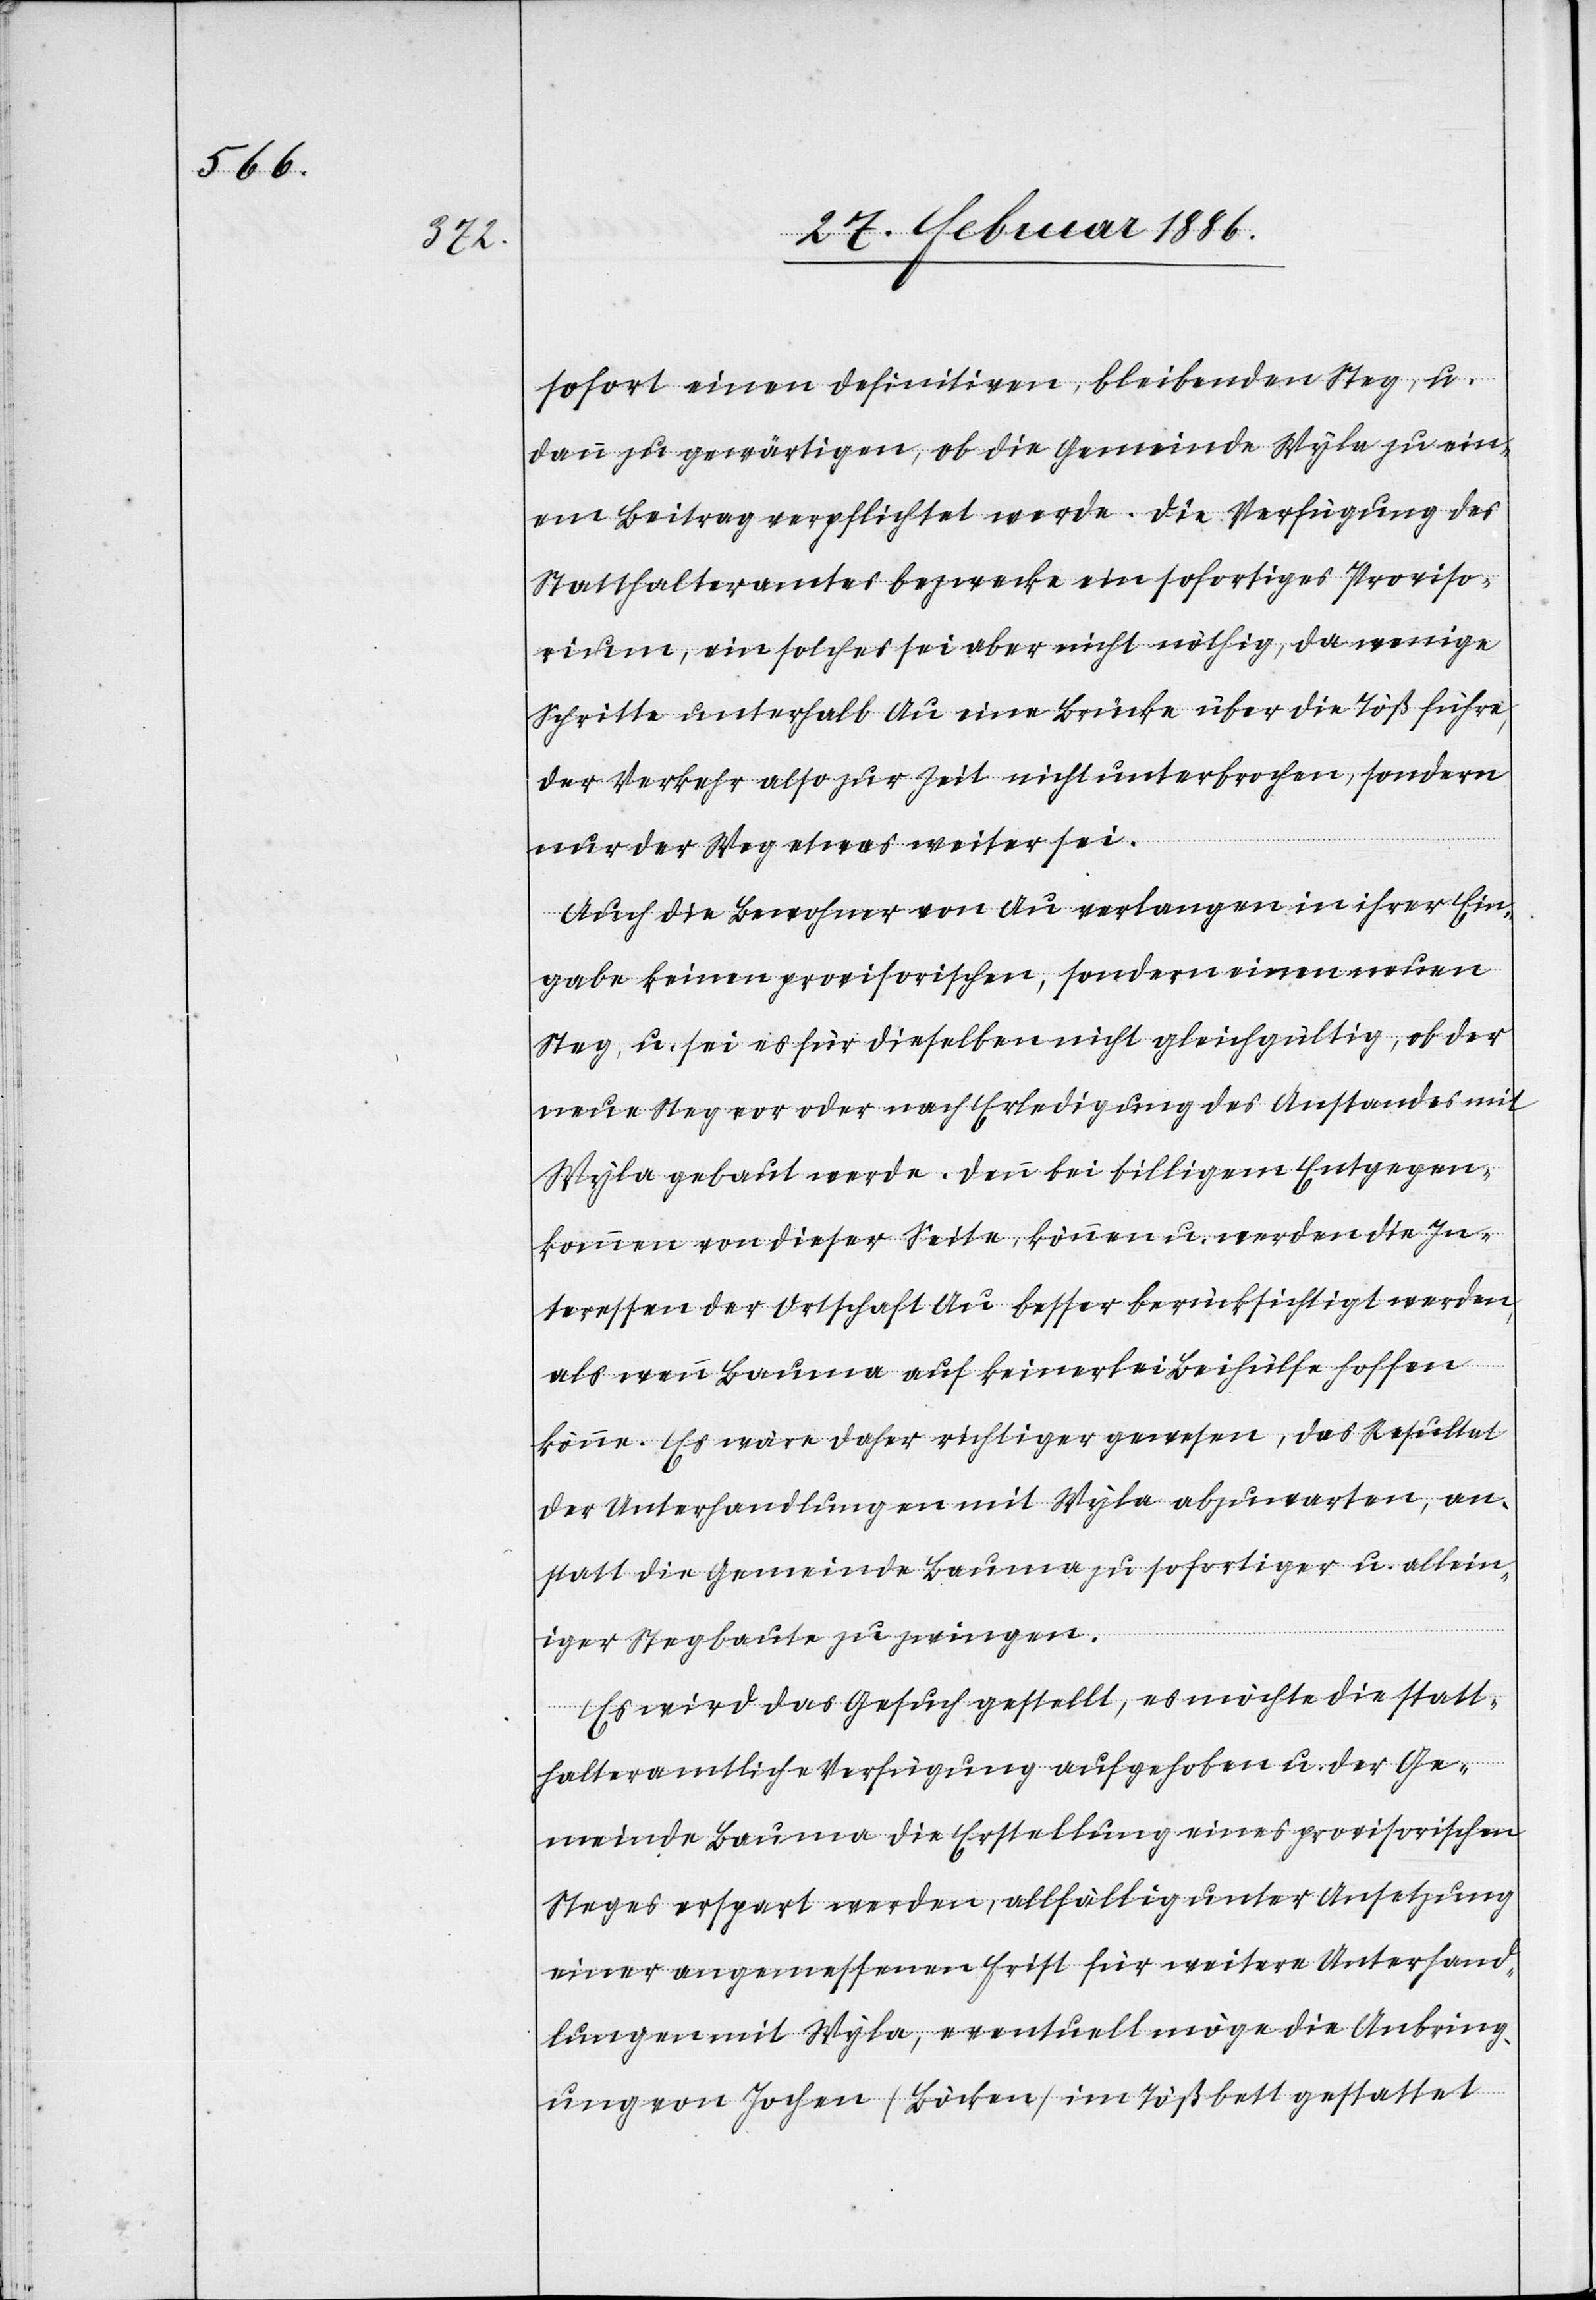
sofort einen definitiven, bleibenden Steg, u.
dann zu gewärtigen, ob die Gemeinde Wyla zu ein¬
em Beitrag verpflichtet werde. Die Verfügung des
Statthalteramtes bezwecke ein sofortiges Proviso¬
rium, ein solches sei aber nicht nöthig, da wenige
Schritte unterhalb Au eine Brücke über die Töß führe,
der Verkehr also zu Zeit nicht unterbrochen, sondern
nur der Weg etwas weiter sei.
Auch die Bewohner von Au verlangen in ihrer Ein¬
gabe keinen provisorischen, sondern einen neuen
Steg, u. sei es für dieselben nicht gleichgültig, ob der
neue Steg vor oder nach Erledigung des Anstandes mit
Wyla gebaut werde. Denn bei billigem Entgegen¬
kommen von dieser Seite, können u. werden die In¬
teressen der Ortschaft Au besser berücksichtigt werden,
als wenn Bauma auf keinerlei Beihülfe hoffen
könne. Es wäre daher richtiger gewesen, das Resultat
der Unterhandlungen mit Wyla abzuwarten, an¬
statt die Gemeinde Bauma zu sofortiger u. allein¬
iger Stegbaute zu zwingen.
Es wird das Gesuch gestellt, es möchte die statt¬
halteramtliche Verfügung aufgehoben u. der Ge¬
meinde Bauma die Erstellung eines provisorischen
Steges erspart werden, allfällig unter Ansetzung
einer angemessenen Frist für weitere Unterhand¬
lungen mit Wyla, eventuell möge die Anbring¬
ung von Jochen (Böcken) im Tößbett gestattet